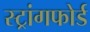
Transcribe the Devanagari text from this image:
स्ट्रांगफोर्ड